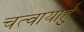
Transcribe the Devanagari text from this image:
चत्वायार्हु